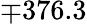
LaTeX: \mp 376.3